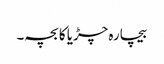
بیچارہ چڑیا کا بچہ۔